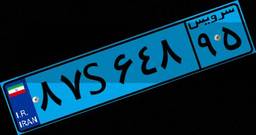
۸۷S۶۴۸۹۵